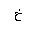
Letter: _kha